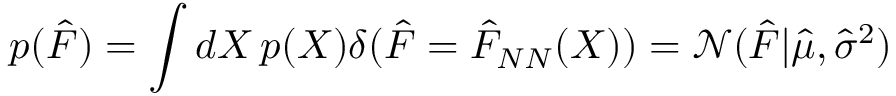
p ( \hat { F } ) = \int d X \, p ( X ) \delta ( \hat { F } = \hat { F } _ { N N } ( X ) ) = \mathcal { N } ( \hat { F } | \hat { \mu } , \hat { \sigma } ^ { 2 } )